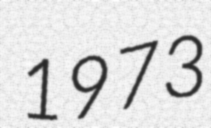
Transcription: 1973